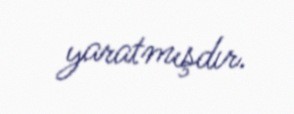
yaratmışdır.